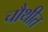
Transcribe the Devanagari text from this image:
चौथीत